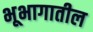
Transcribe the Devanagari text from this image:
भूभागातील